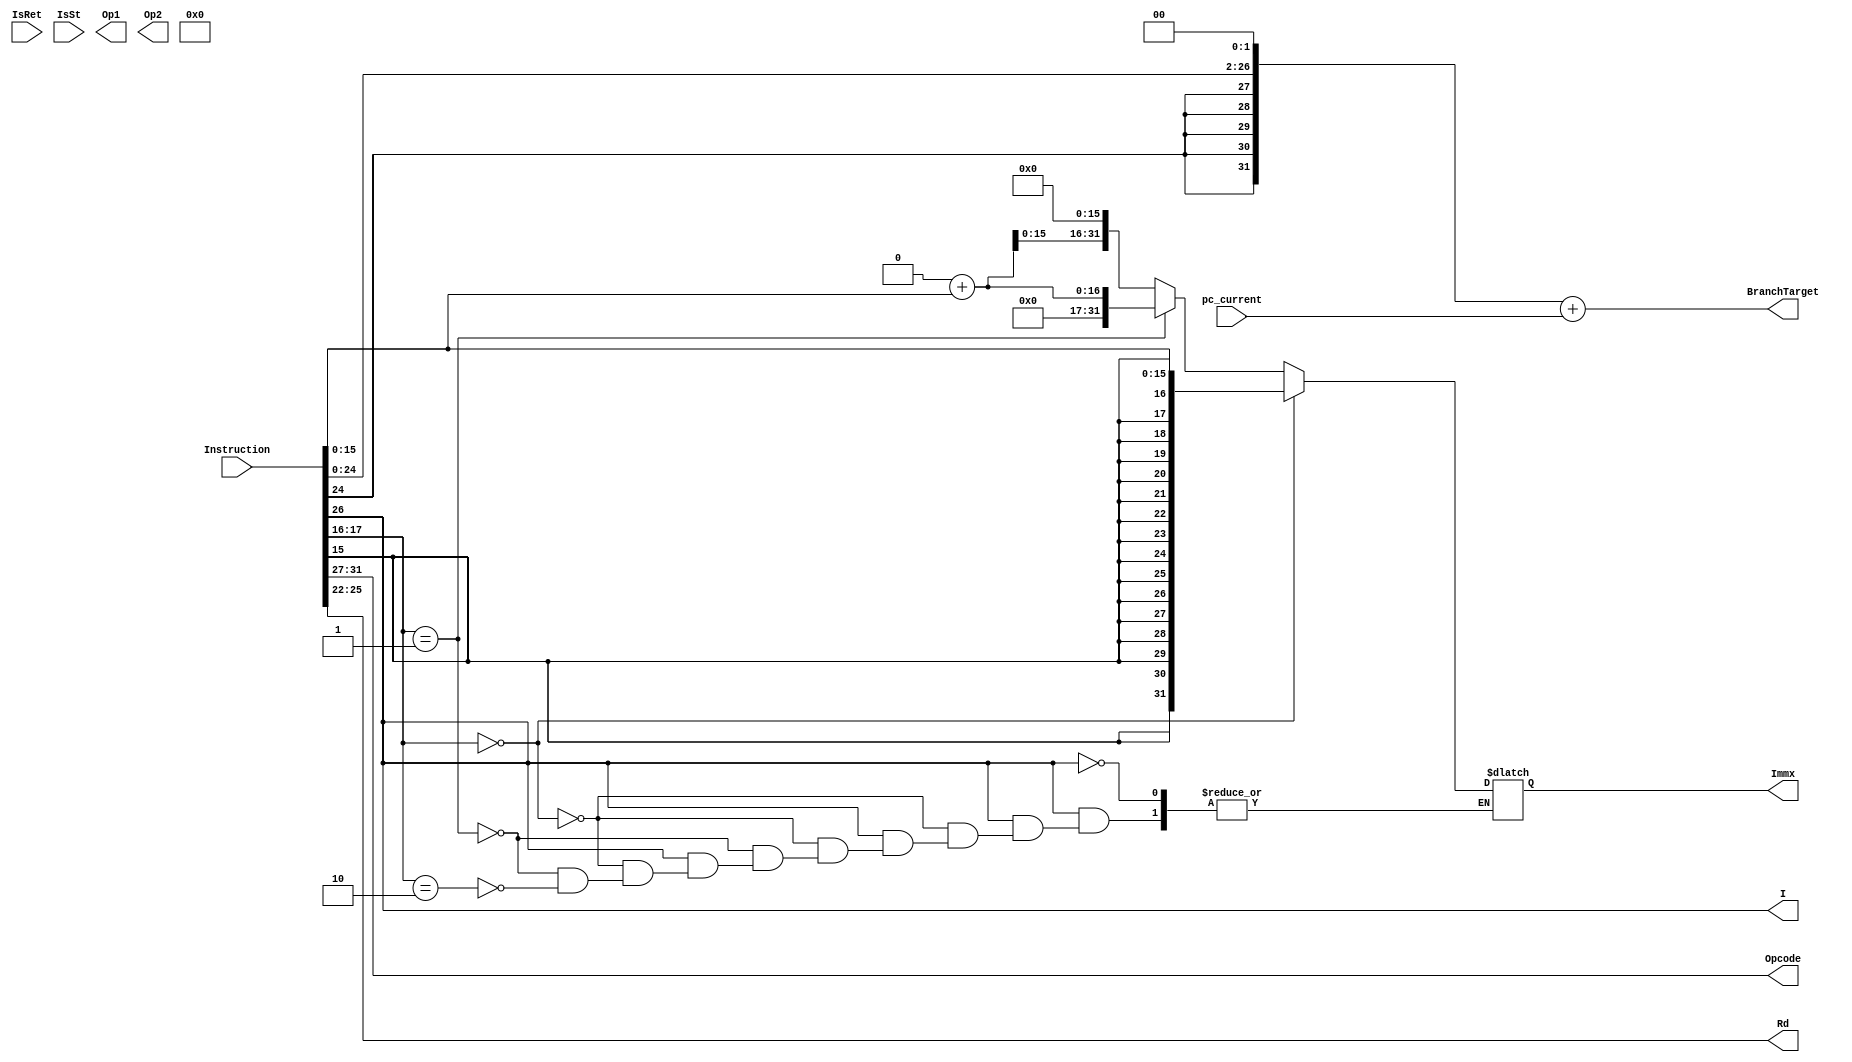
module  OF(
           input [31:0] Instruction,
           input [31:0] pc_current,
           input IsRet,
           input IsSt,
           output [4:0] Opcode,
           output I,
           output [31:0] Immx,
           output [31:0] BranchTarget,
           output [31:0] Op1,
           output [31:0] Op2,
           output [3:0]  Rd
                      );
           
wire [31:0] Instuction,pc_current;
wire IsRet,IsSt;
reg [4:0] Opcode;
reg I;
reg [3:0] Rd;
reg [31:0] Immx,BranchTarget,Op1,Op2;
reg  signed [15:0] Imm_temp;
reg signed [26:0] branch_temp;
//-------------------------------------------------------------

 
 always @(*)
 
            begin
            branch_temp = Instruction[26:0];
            Opcode      = Instruction[31:27];
            Rd          = Instruction[25:22];
            I           = Instruction[26];
            Imm_temp    = Instruction[15:0];
            if (I==1)
            begin
            if (Instruction[17:16] == 2'b00)
            begin
            Immx        = Imm_temp;
            end
            else if (Instruction[17:16] == 2'b01)      // u      
            begin
            Immx        = 32'd0;
            Immx        = Immx + Instruction[15:0];
            end
            else if (Instruction[17:16] == 2'b10)     // H
            begin
            Immx        = 32'd0;
            Immx        = Immx + Instruction[15:0];
            Immx        = Immx << 16;
            end
            end
           //---------------------------------
           
           branch_temp  = branch_temp << 2;
           BranchTarget = branch_temp;
           BranchTarget = BranchTarget + pc_current;
           //---------------------------------
           
           if (IsRet == 1)
           begin
           P.A1 = 4'b1111;
           end
           else 
           begin
           P.A1 = Instruction[21:18];
           end
           if ( IsSt == 1 )
           begin
           P.A2 = Instruction[25:22];
           end
           else
           begin
           P.A2 = Instruction[17:14];
           end
           //----------------------------------
           Op1 = P.D1;
           Op2 = P.D2;
           end
           
          endmodule